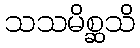
သသမိစ္ဆသိ